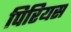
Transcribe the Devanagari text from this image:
पिरियस